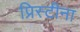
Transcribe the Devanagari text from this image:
प्रिस्टीना